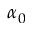
\alpha _ { 0 }